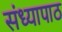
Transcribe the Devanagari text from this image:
संध्यापाठ